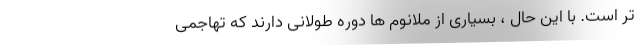
تر است. با این حال ، بسیاری از ملانوم ها دوره طولانی دارند كه تهاجمی